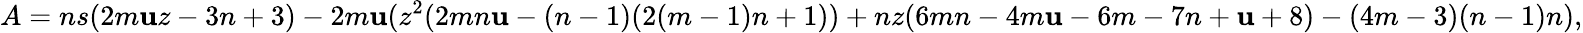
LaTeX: A=ns(2m\mathbf{u}z-3n+3)-2m\mathbf{u}(z^{2}(2mn\mathbf{u}-(n-1)(2(m-1)n+1))+nz(6mn-4m\mathbf{u}-6m-7n+\mathbf{u}+8)-(4m-3)(n-1)n),